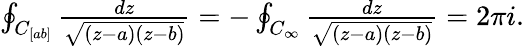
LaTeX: \begin{array}{r}{\oint_{C_{[ab]}}\frac{dz}{\sqrt{(z-a)(z-b)}}=-\oint_{C_{\infty}}\frac{dz}{\sqrt{(z-a)(z-b)}}=2\pi i.}\end{array}